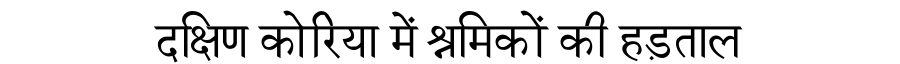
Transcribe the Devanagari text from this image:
दक्षिण कोरिया में श्रमिकों की हड़ताल